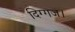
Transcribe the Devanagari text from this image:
दिग्गज।